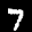
Label: 7